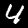
Digit: 4